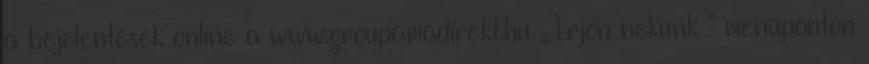
a bejelentések online a www.groupamadirekt.hu „Írjon nekünk ” menüponton